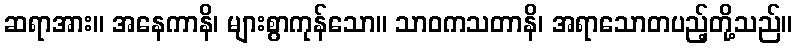
ဆရာအား။ အနေကာနိ၊ များစွာကုန်သော။ သာဝကသတာနိ၊ အရာသောတပည့်တို့သည်။